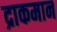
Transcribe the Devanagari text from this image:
द्राकमान